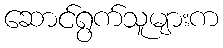
ဆောင်ရွက်သူများက